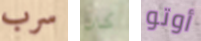
سرب كان أوتو